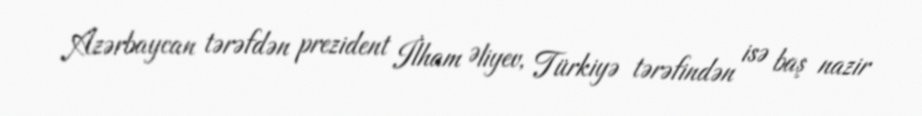
Azərbaycan tərəfdən prezident İlham Əliyev, Türkiyə tərəfindən isə baş nazir